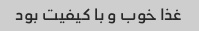
غذا خوب و با کیفیت بود